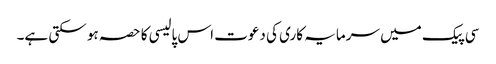
سی پیک میں سرمایہ کاری کی دعوت اس پالیسی کا حصہ ہو سکتی ہے۔